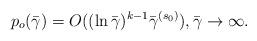
LaTeX: \begin{align*} p_o(\bar\gamma)= O((\ln \bar\gamma)^{k-1} \bar\gamma^{\real(s_0)}), \bar\gamma \rightarrow \infty.\end{align*}